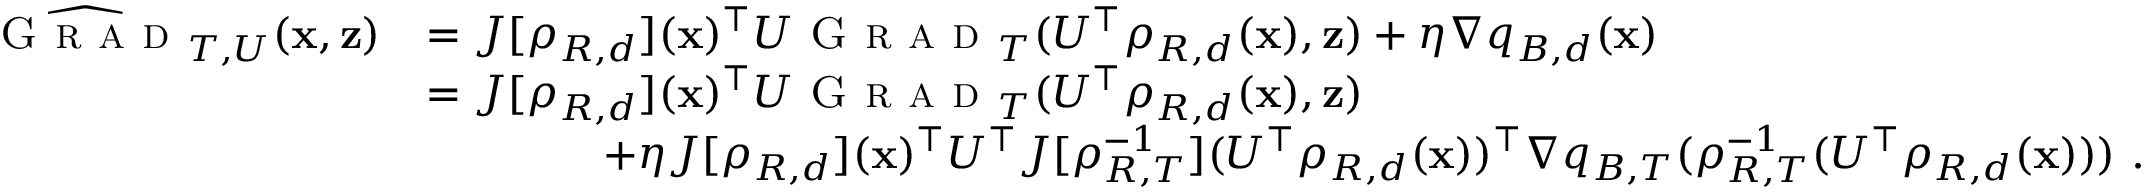
\begin{array} { r l } { \widehat \textsc { G r a d } _ { T , U } ( { \mathbf x } , { \mathbf z } ) } & { = J [ \rho _ { R , d } ] ( { \mathbf x } ) ^ { \top } U \textsc { G r a d } _ { T } ( U ^ { \top } \rho _ { R , d } ( { \mathbf x } ) , { \mathbf z } ) + \eta \nabla q _ { B , d } ( { \mathbf x } ) } \\ & { = J [ \rho _ { R , d } ] ( { \mathbf x } ) ^ { \top } U \textsc { G r a d } _ { T } ( U ^ { \top } \rho _ { R , d } ( { \mathbf x } ) , { \mathbf z } ) } \\ & { \qquad \qquad + \eta J [ \rho _ { R , d } ] ( { \mathbf x } ) ^ { \top } U ^ { \top } J [ \rho _ { R , T } ^ { - 1 } ] ( U ^ { \top } \rho _ { R , d } ( { \mathbf x } ) ) ^ { \top } \nabla q _ { B , T } ( \rho _ { R , T } ^ { - 1 } ( U ^ { \top } \rho _ { R , d } ( { \mathbf x } ) ) ) ~ . } \end{array}